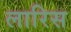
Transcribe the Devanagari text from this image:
लारिस